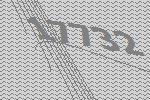
17732